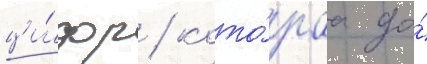
ци́фр / кото́раа до́